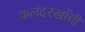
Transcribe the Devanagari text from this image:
कलंदरखाँची